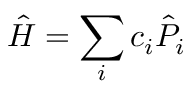
\hat { H } = \sum _ { i } { c _ { i } \hat { P } _ { i } }